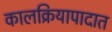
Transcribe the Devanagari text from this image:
कालक्रियापादात